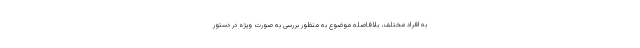
به افراد مختلف، بلافاصله موضوع به منظور بررسی به صورت ویژه در دستور